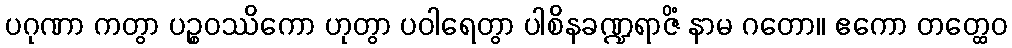
ပဂုဏာ ကတွာ ပဉ္စဝဿိကော ဟုတွာ ပဝါရေတွာ ပါစိနခဏ္ဍရာဇိံ နာမ ဂတော။ ဧကော တတ္ထေဝ